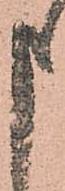
申